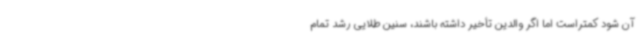
آن شود کمتراست اما اگر والدین تأخیر داشته باشند، سنین طلایی رشد تمام